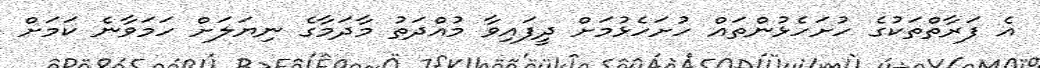
އެ ފަރާތްތަކުގެ ހުށަހެޅުންތައް ހުށަހެޅުމަށް ދީފައިވާ މުއްދަތު މާދަމާގެ ނިޔަލަށް ހަމަވާނެ ކަމަށް